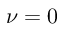
\nu = 0